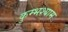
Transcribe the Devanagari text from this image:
कुम्भश्याम